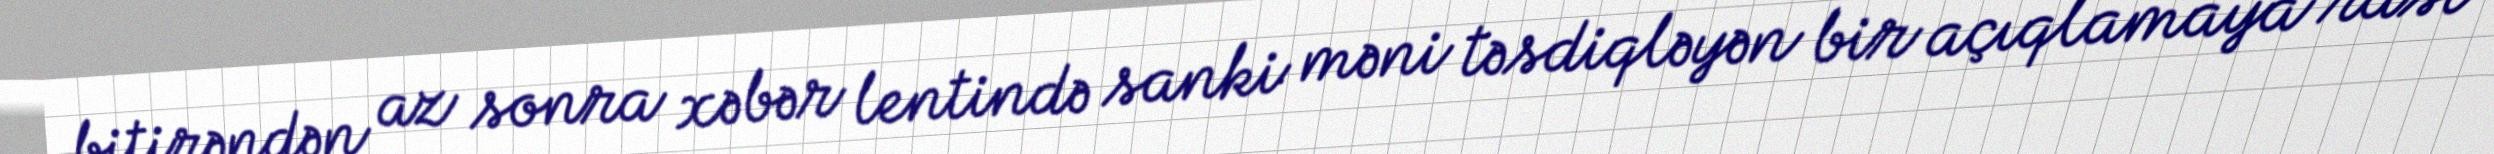
bitirəndən az sonra xəbər lentində sanki məni təsdiqləyən bir açıqlamaya rast